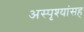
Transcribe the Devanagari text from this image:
अस्पृश्यांसह